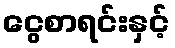
ငွေစာရင်းနှင့်